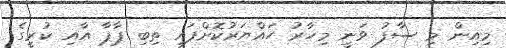
މިއިން މި ސާފު ވަނީ މިހާރު ހައްޔަރުކޮށްފައި ތިބި ޕާޕާ އާއި ކުރީގެ